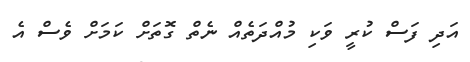
އަދި ފަސް ކުރީ ވަކި މުއްދަތެއް ނެތް ގޮތަށް ކަމަށް ވެސް އެ